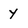
Character: y